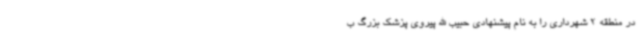
در منطقه 2 شهرداری را به نام پیشنهادی حبیب الله پیروی پزشک بزرگ ب